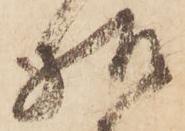
様